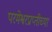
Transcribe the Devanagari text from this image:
परमेश्वरप्राप्तीच्या